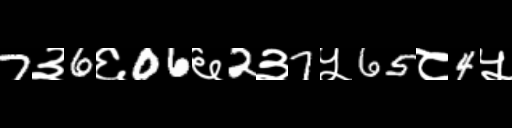
Text: 7३6६06६2३7५65८4५